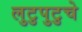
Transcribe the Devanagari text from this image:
लुटुपुटुचे